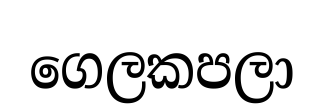
ගෙලකපලා